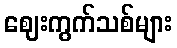
ဈေးကွက်သစ်များ